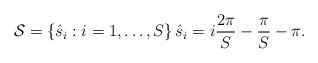
LaTeX: \begin{align*}\mathcal{S} = \left\{ \hat{s}_i : i = 1,\ldots,S \right\}\hat{s}_i = i \frac{2 \pi}{S} - \frac{\pi}{S} - \pi.\end{align*}